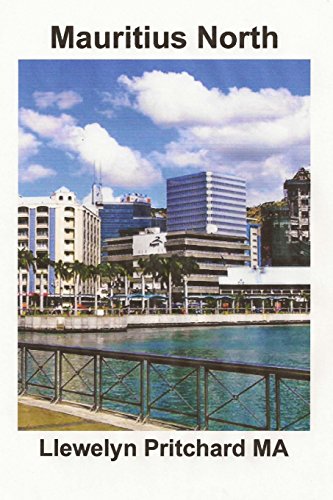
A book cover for Mauritius North: En Souvenir Insamling av farg fotografier med bildtexter (Foto Album) (Volume 11) (Swedish Edition); Llewelyn Pritchard MA; Travel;